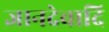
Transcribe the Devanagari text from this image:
ज्ञानदेवादि